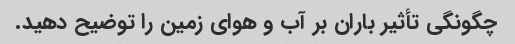
چگونگی تأثیر باران بر آب و هوای زمین را توضیح دهید.